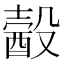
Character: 𣫈